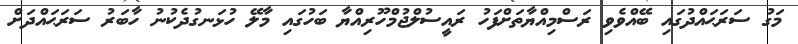
މަގު ސަރަޙައްދުގައި ބޭއްވެވި ރަސްމިއްޔާތަށްފަހު ރައީސުލްޖުމްހޫރިއްޔާ ބަހުގައި މާލޭ ހުޅަނގުދެކުނު ހާބަރު ސަރަޙައްދަށް